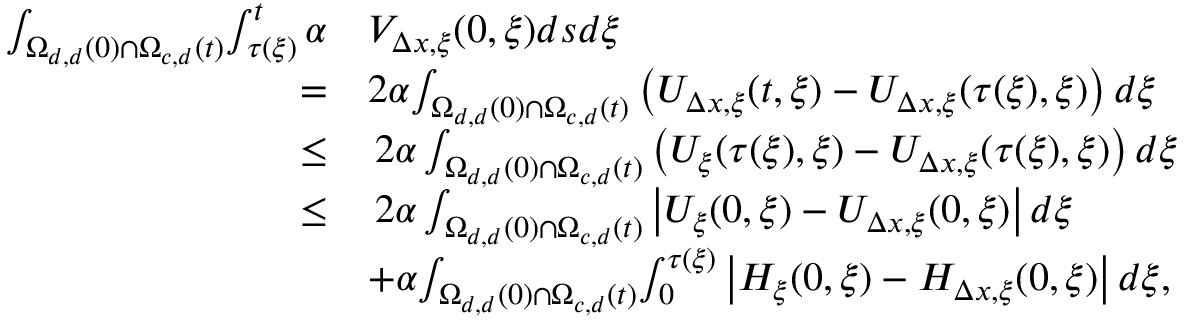
\begin{array} { r l } { \int _ { \Omega _ { d , d } ( 0 ) \cap \Omega _ { c , d } ( t ) } \! \int _ { \tau ( \xi ) } ^ { t } \alpha } & { V _ { \Delta x , \xi } ( 0 , \xi ) d s d \xi } \\ { = } & { 2 \alpha \! \int _ { \Omega _ { d , d } ( 0 ) \cap \Omega _ { c , d } ( t ) } \left( U _ { \Delta x , \xi } ( t , \xi ) - U _ { \Delta x , \xi } ( \tau ( \xi ) , \xi ) \right) d \xi } \\ { \leq } & { \, 2 \alpha \int _ { \Omega _ { d , d } ( 0 ) \cap \Omega _ { c , d } ( t ) } \left( U _ { \xi } ( \tau ( \xi ) , \xi ) - U _ { \Delta x , \xi } ( \tau ( \xi ) , \xi ) \right) d \xi } \\ { \leq } & { \, 2 \alpha \int _ { \Omega _ { d , d } ( 0 ) \cap \Omega _ { c , d } ( t ) } \left| U _ { \xi } ( 0 , \xi ) - U _ { \Delta x , \xi } ( 0 , \xi ) \right| d \xi } \\ & { + \alpha \! \int _ { \Omega _ { d , d } ( 0 ) \cap \Omega _ { c , d } ( t ) } \! \int _ { 0 } ^ { \tau ( \xi ) } \left| H _ { \xi } ( 0 , \xi ) - H _ { \Delta x , \xi } ( 0 , \xi ) \right| d \xi , } \end{array}